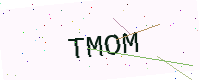
Text: TMOM